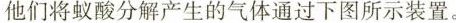
他们将蚁酸分解产生的气体通过下图所示装置。